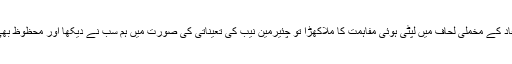
قومی مفاد کے مخملی لحاف میں لپٹی ہوئی مفاہمت کا ملاکھڑا تو چئیرمین نیب کی تعیناتی کی صورت میں ہم سب نے دیکھا اور محظوظ بھی ہوئے۔